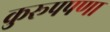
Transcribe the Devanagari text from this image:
कुरूपपणा